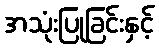
အသုံးပြုခြင်းနှင့်